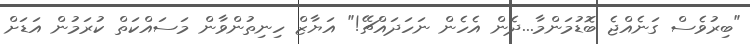
"ބިރުވެސް ގަނެއްޖެ ބޮޑުމަންމާ...ދެން އެހެން ނަހަދައްޗޭ!" އަޔާޒް ހިނިތުންވާން މަސައްކަތް ކުރަމުން އަޑަށް